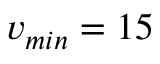
v _ { m i n } = 1 5